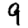
Digit: 9